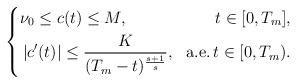
LaTeX: \begin{align*}\left\{\begin{aligned}& \nu_0 \leq c(t)\leq M, &t \in [0, T_{m}],\\& \left| c^\prime(t) \right|\leq \frac{K}{(T_m - t)^{\frac{s + 1}{s}}}, &\mathrm{a.e.}\, t\in [0,T_m).\end{aligned}\right.\end{align*}